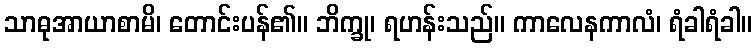
သာဓုအာယာစာမိ၊ တောင်းပန်၏။ ဘိက္ခု၊ ရဟန်းသည်။ ကာလေနကာလံ၊ ရံခါရံခါ။